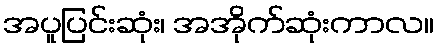
အပူပြင်းဆုံး၊ အအိုက်ဆုံးကာလ။